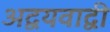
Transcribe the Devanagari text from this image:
अद्वयवाद्वी